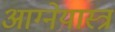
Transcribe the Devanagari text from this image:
आग्‍नेयास्‍त्र